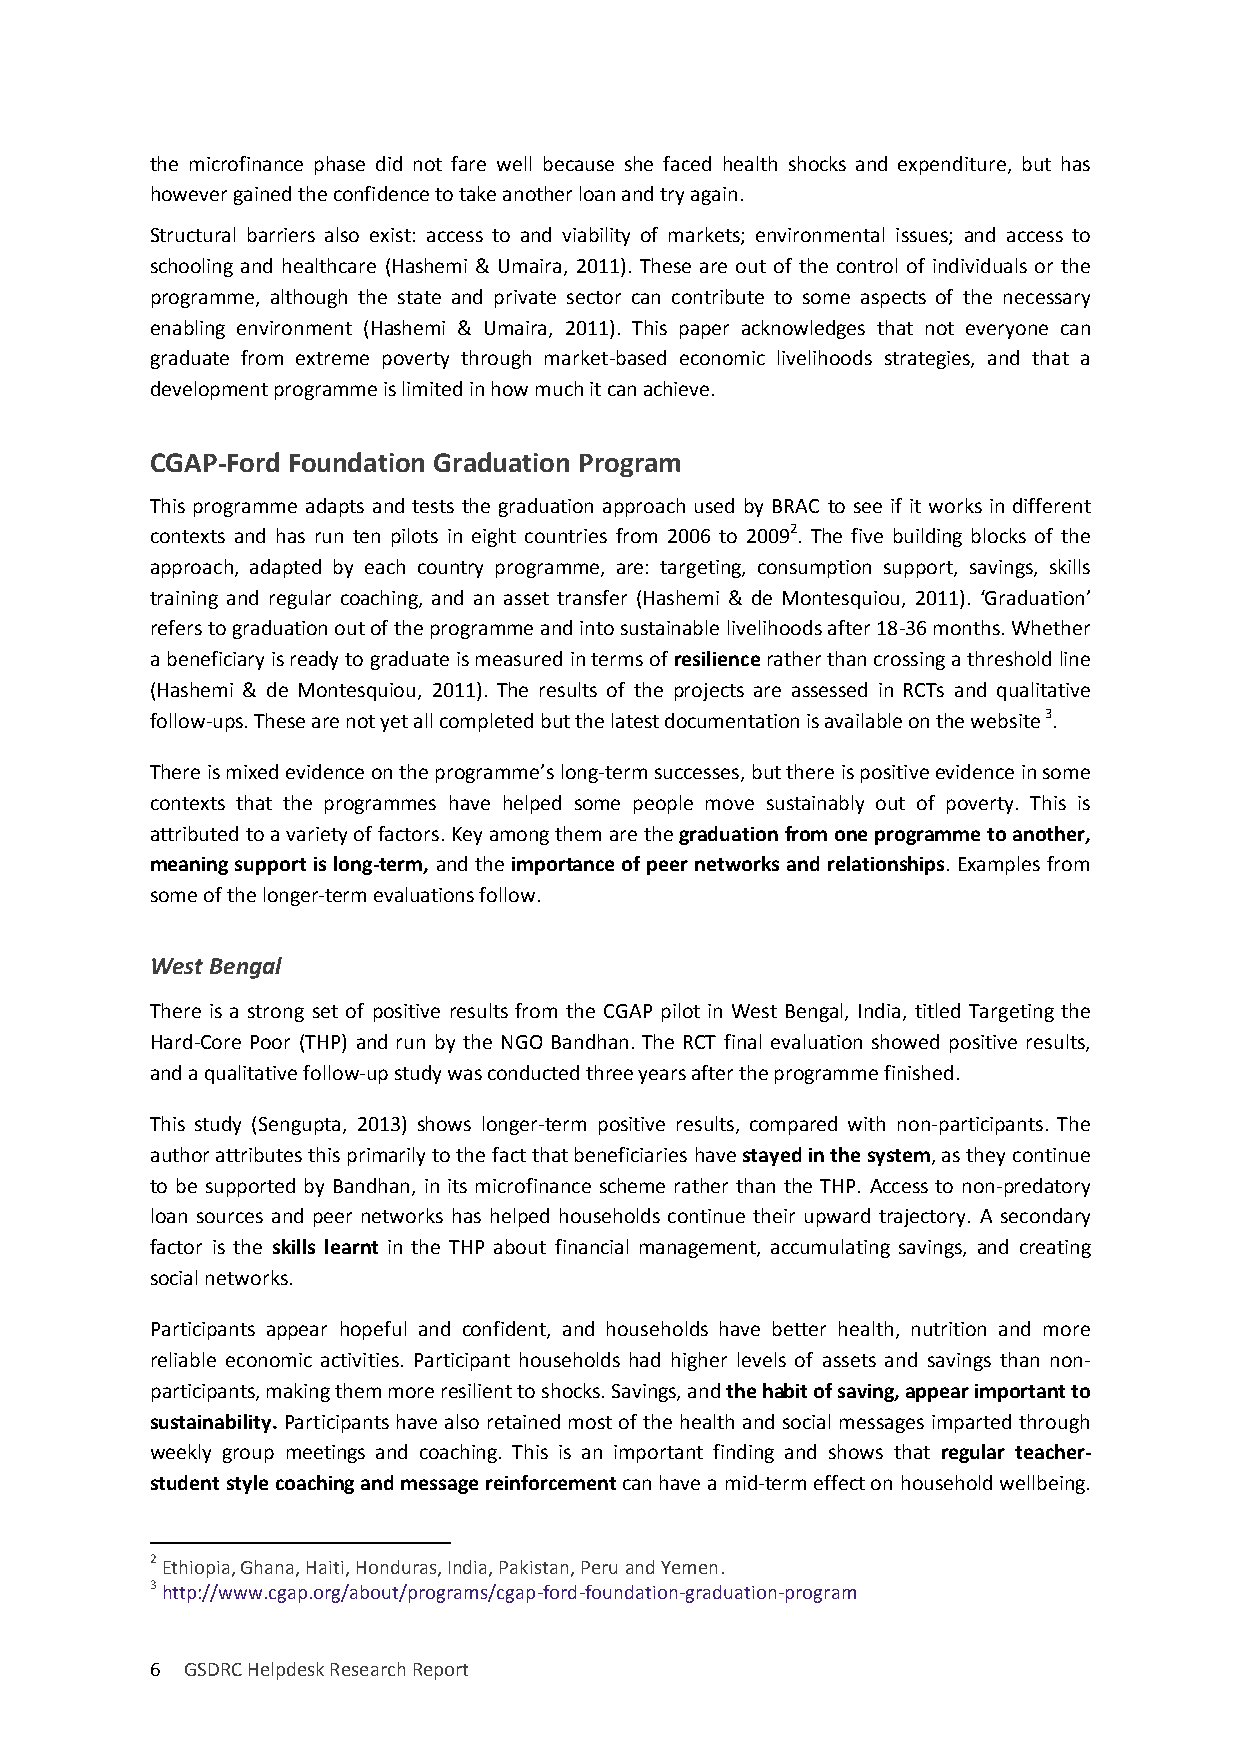
the microfinance phase did not fare well because she faced health shocks and expenditure, but has
 however gained the confidence to take another loan and try again.
 Structural barriers also exist: access to and viability of markets; environmental issues; and access to
 schooling and healthcare (Hashemi & Umaira, 2011). These are out of the control of individuals or the
 programme, although the state and private sector can contribute to some aspects of the necessary
 enabling environment (Hashemi & Umaira, 2011). This paper acknowledges that not everyone can
 graduate from extreme poverty through market-based economic livelihoods strategies, and that a
 development programme is limited in how much it can achieve.
 CGAP-Ford Foundation Graduation Program
 This programme adapts and tests the graduation approach used by BRAC to see if it works in different
 contexts and has run ten pilots in eight countries from 2006 to 20092. The five building blocks of the
 approach, adapted by each country programme, are: targeting, consumption support, savings, skills
 training and regular coaching, and an asset transfer (Hashemi & de Montesquiou, 2011). ‘Graduation’
 refers to graduation out of the programme and into sustainable livelihoods after 18-36 months. Whether
 a beneficiary is ready to graduate is measured in terms of resilience rather than crossing a threshold line
 (Hashemi & de Montesquiou, 2011). The results of the projects are assessed in RCTs and qualitative
 follow-ups. These are not yet all completed but the latest documentation is available on the website 3.
 There is mixed evidence on the programme’s long-term successes, but there is positive evidence in some
 contexts that the programmes have helped some people move sustainably out of poverty. This is
 attributed to a variety of factors. Key among them are the graduation from one programme to another,
 meaning support is long-term, and the importance of peer networks and relationships. Examples from
 some of the longer-term evaluations follow.
 West Bengal
 There is a strong set of positive results from the CGAP pilot in West Bengal, India, titled Targeting the
 Hard-Core Poor (THP) and run by the NGO Bandhan. The RCT final evaluation showed positive results,
 and a qualitative follow-up study was conducted three years after the programme finished.
 This study (Sengupta, 2013) shows longer-term positive results, compared with non-participants. The
 author attributes this primarily to the fact that beneficiaries have stayed in the system, as they continue
 to be supported by Bandhan, in its microfinance scheme rather than the THP. Access to non-predatory
 loan sources and peer networks has helped households continue their upward trajectory. A secondary
 factor is the skills learnt in the THP about financial management, accumulating savings, and creating
 social networks.
 Participants appear hopeful and confident, and households have better health, nutrition and more
 reliable economic activities. Participant households had higher levels of assets and savings than non-
 participants, making them more resilient to shocks. Savings, and the habit of saving, appear important to
 sustainability. Participants have also retained most of the health and social messages imparted through
 weekly group meetings and coaching. This is an important finding and shows that regular teacher-
 student style coaching and message reinforcement can have a mid-term effect on household wellbeing.
 2 Ethiopia, Ghana, Haiti, Honduras, India, Pakistan, Peru and Yemen.
 3 http://www.cgap.org/about/programs/cgap-ford-foundation-graduation-program
 6 GSDRC Helpdesk Research Report